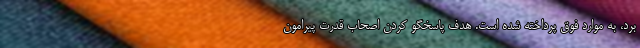
برد، به موارد فوق پرداخته شده است. هدف پاسخگو کردن اصحاب قدرت پیرامون